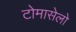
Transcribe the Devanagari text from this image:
टोमासेलो